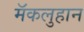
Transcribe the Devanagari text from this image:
मॅकलुहान